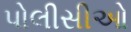
પોલીસીઓ